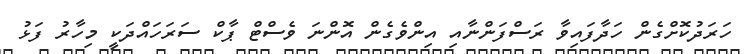
ހަރަދުކޮށްގެން ހަދާފައިވާ ރަސްފަންނާއި އިންވެގެން އޮންނަ ވެސްޓް ޕާކް ސަރަހައްދަކީ މިހާރު ފަޅު